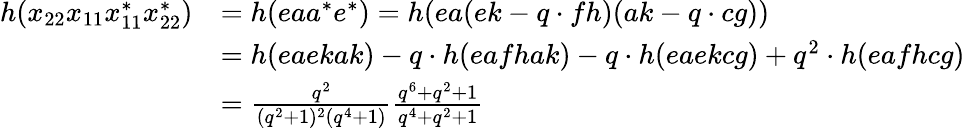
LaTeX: \begin{array}{rl}{h(x_{22}x_{11}x_{11}^{*}x_{22}^{*})}&{=h(eaa^{*}e^{*})=h(ea(ek-q\cdot fh)(ak-q\cdot cg))}\\ &{=h(eaekak)-q\cdot h(eafhak)-q\cdot h(eaekcg)+q^{2}\cdot h(eafhcg)}\\ &{=\frac{q^{2}}{(q^{2}+1)^{2}(q^{4}+1)}\frac{q^{6}+q^{2}+1}{q^{4}+q^{2}+1}}\end{array}